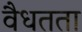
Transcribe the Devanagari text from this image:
वैधतता